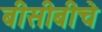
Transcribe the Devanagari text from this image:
बीसीबीचे